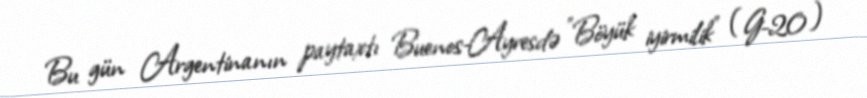
Bu gün Argentinanın paytaxtı Buenos-Ayresdə "Böyük iyirmilik" (G-20)